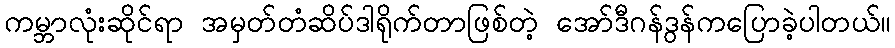
ကမ္ဘာလုံးဆိုင်ရာ အမှတ်တံဆိပ်ဒါရိုက်တာဖြစ်တဲ့ အော်ဒီဂန်ဒွန်ကပြောခဲ့ပါတယ်။